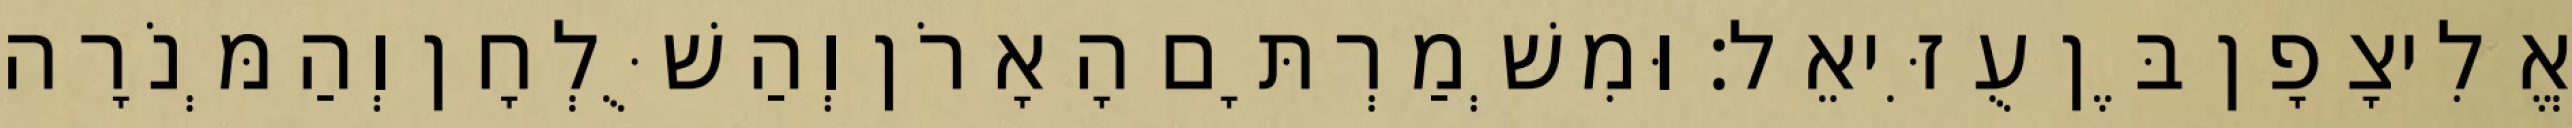
אֱלִיצָפָן בֶּן עֻזִּיאֵל׃ וּמִשְׁמַרְתָּם הָאָרֹן וְהַשֻּׁלְחָן וְהַמְּנֹרָה